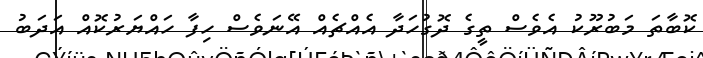
ކޮބާތަ މަބުރޫކު އެވެސް ތީގެ ދޮގުހަދާ އެއްޗެއް އޭނަވެސް ހިފާ ހައްޔަރުކޮއް އަދަބު